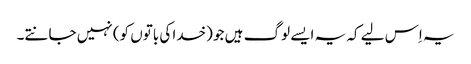
یہ اِس لیے کہ یہ ایسے لوگ ہیں جو (خدا کی باتوں کو) نہیں جانتے۔